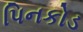
પિનકોડ